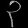
Digit: ၃